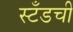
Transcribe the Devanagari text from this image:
स्टँडची